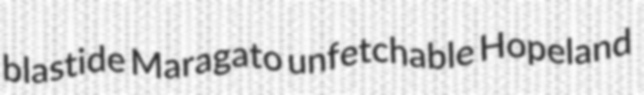
blastide Maragato unfetchable Hopeland